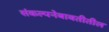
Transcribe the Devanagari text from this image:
संकल्पनेबाबतीतील